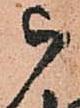
被